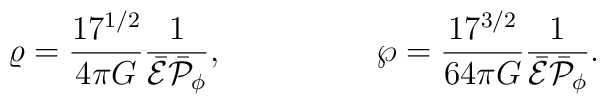
\varrho={{17^{1/2}}\over{4\pi G}}{1\over{\bar{\cal E}\bar{\cal P}_{\phi}}},\ \ \ \ \ \ \ \ \ \ \ \ \ \ \wp={{17^{3/2}}\over{64\pi G}}{1\over{\bar{\cal E}\bar{\cal P}_{\phi}}}.